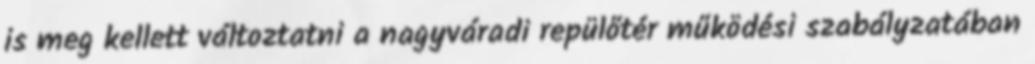
is meg kellett változtatni a nagyváradi repülőtér működési szabályzatában